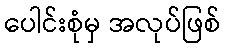
ပေါင်းစုံမှ အလုပ်ဖြစ်